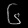
Digit: ၆